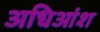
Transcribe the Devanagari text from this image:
अधिआंश